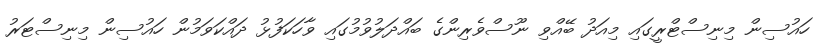
ހައުސިން މިނިސްޓްރީގައި މިއަދު ބޭއްވި ނޫސްވެރިންގެ ބައްދަލުވުމުގައި ވާހަކަފުޅު ދައްކަވަމުން ހައުސިން މިނިސްޓަރު